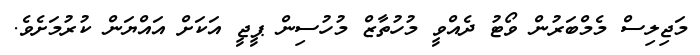
މަޖިލިސް މެމްބަރުން ވޯޓު ދެއްވީ މުހުތާޒް މުހުސިން ޕީޖީ އަކަށް އައްޔަން ކުރުމަށެވެ.